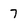
Character: 7